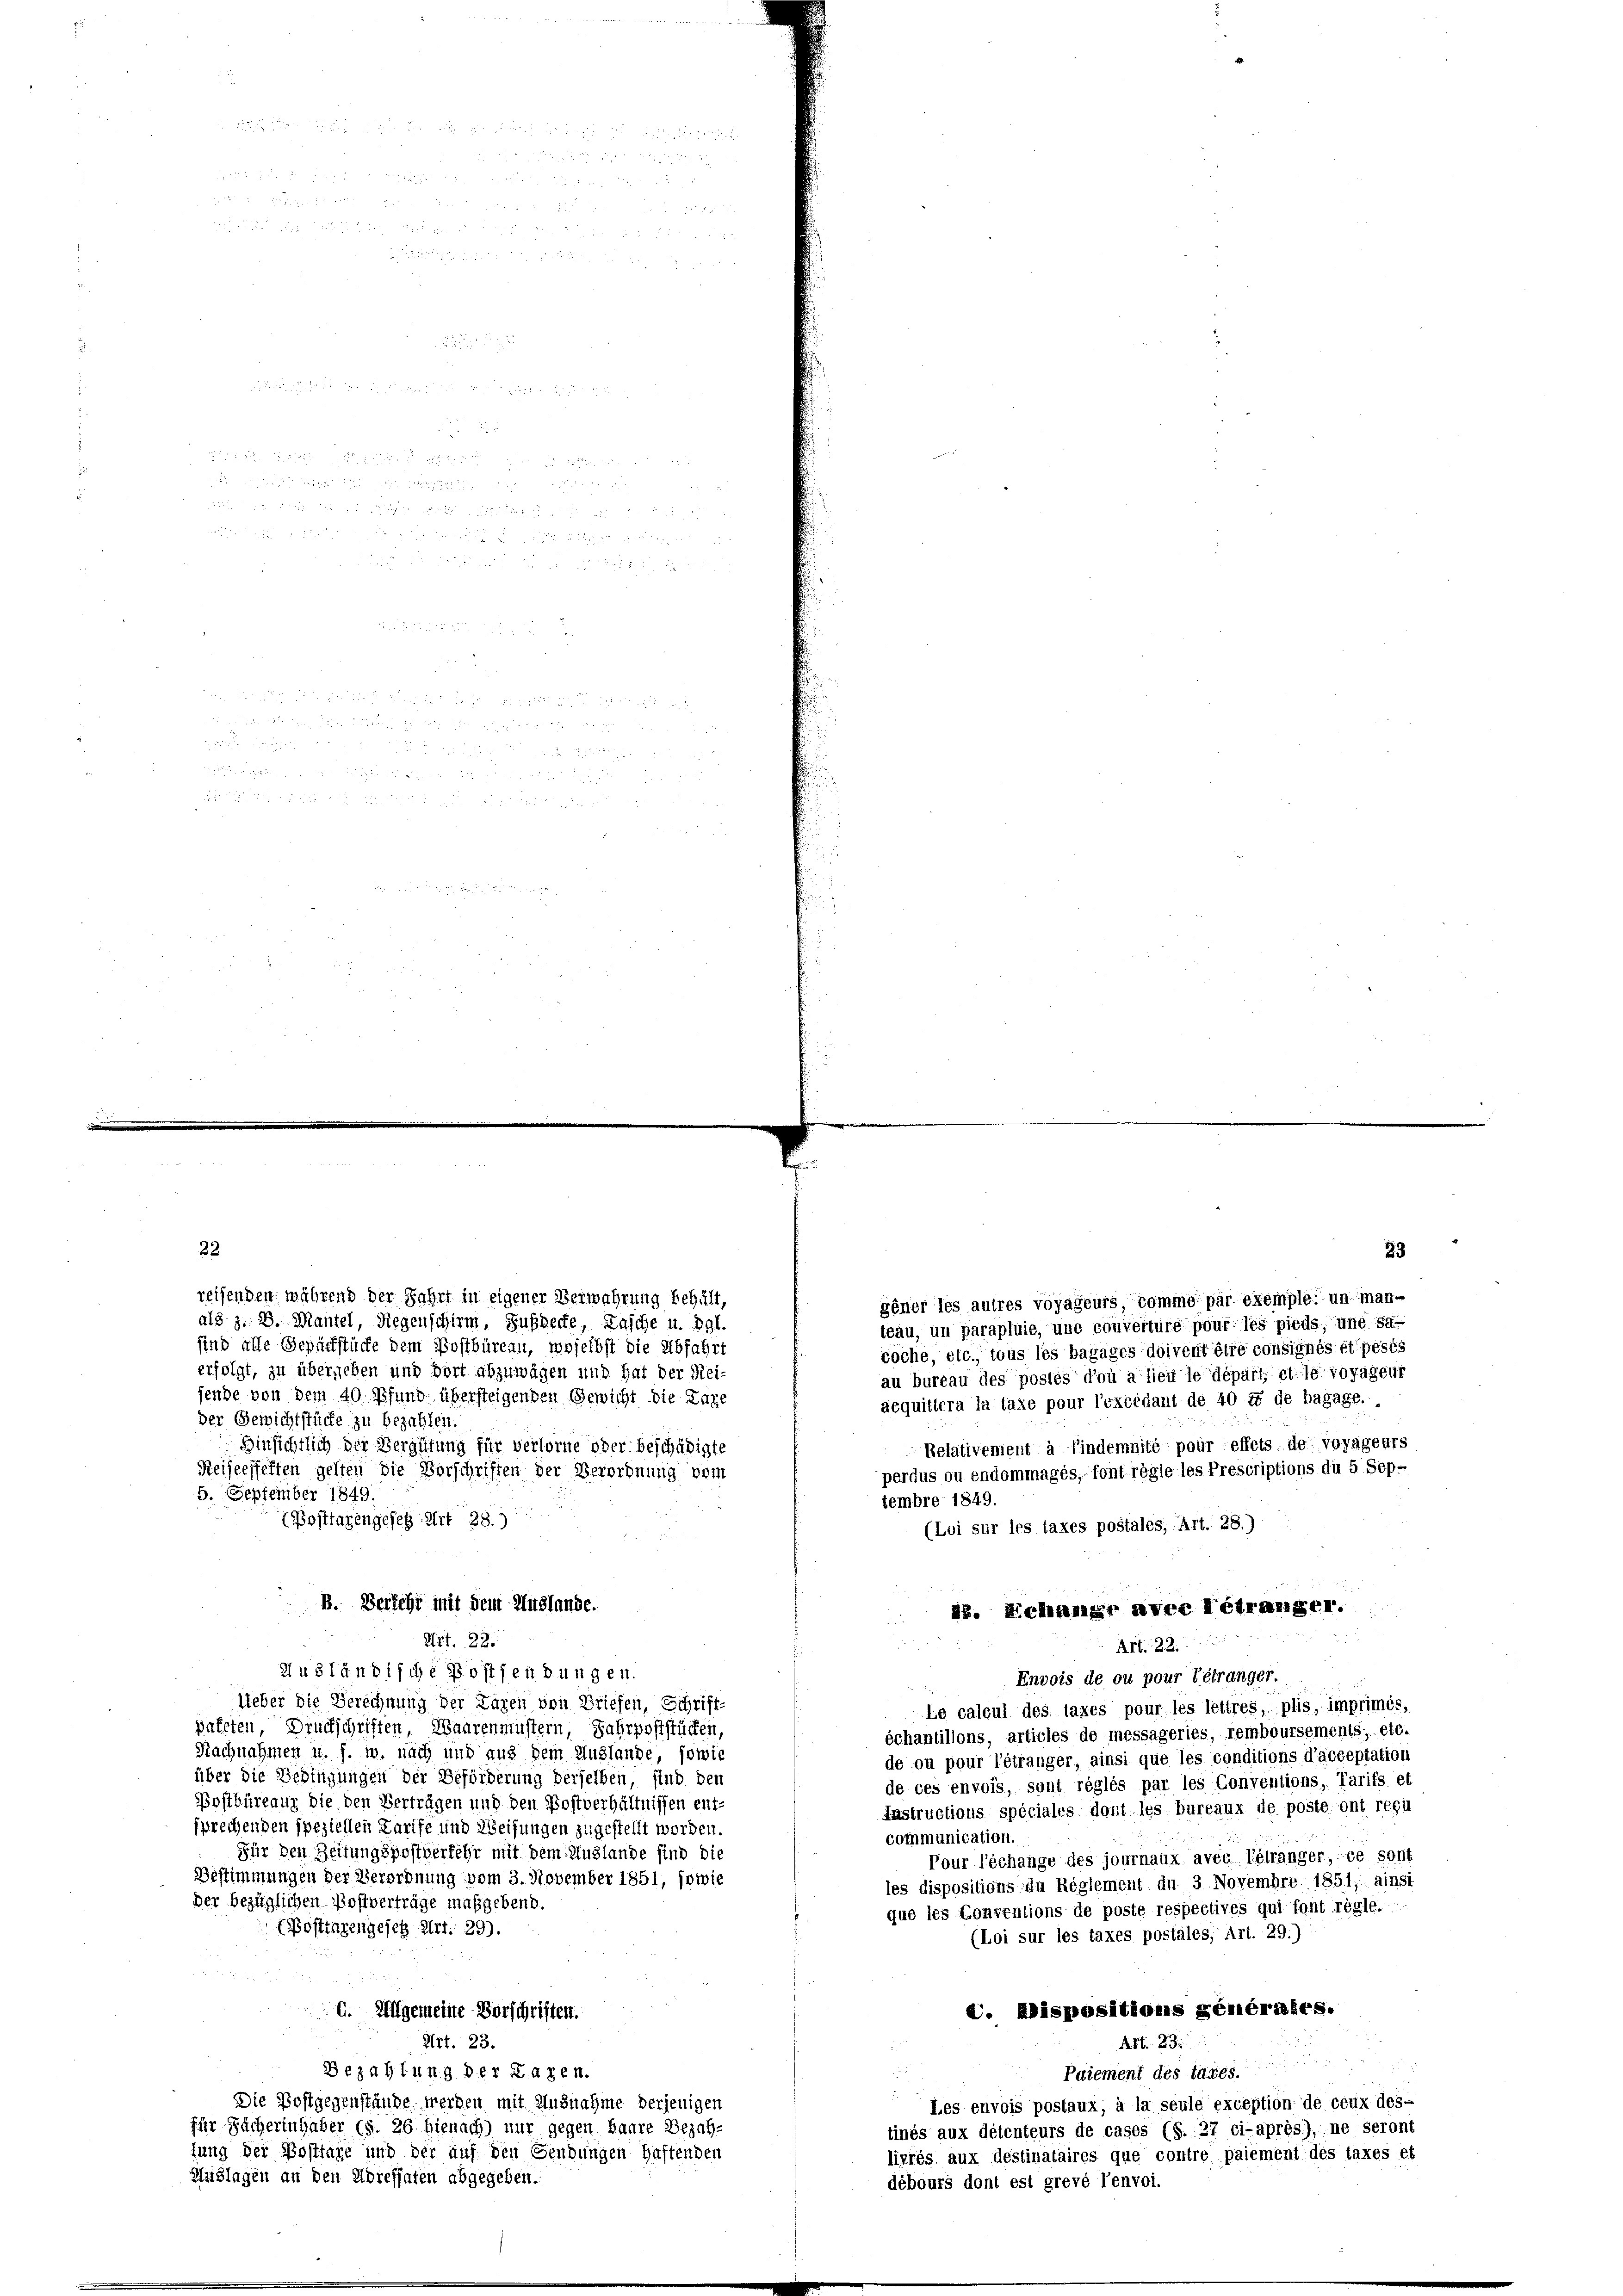
84 28

e

.

22
reisenden während der Fahrt in eigener Verwahrung behält,
als z. B. Mantel, Regenschirm, Subjecte, Tasche u. dgl.
sind alle Gepächstücke dem Postbüreau, woselbst die Abfahrt
erfolgt, zu übergeben und dort abzuwägen und hat der Reijende von dem 40 Pfund übersteigenden Gewicht die Lage
der Gewichtstücke zu bezahlen.
Hinsichtlich der Vergütung für verlorne oder beschädigte
Reiseeffelten gelten die Vorschriften der Verordnung vom
5. September 1849.
tembre 1849.
(Posttagengesetz Art 28.
B. Dersehr mit dem Auslande.
28. Schangs avec l’étrangel.
Art. 22.
Art. 22.
Ausländische Postsendungen.
Envois de ou pour tétranger.
Ueber die Berechnung der Lagen von Briefen, Schrift-
Le calcul des laxes pour les lettres, plis, imprimés,
päteten Druckschriften, Waarenmustern, Jahrpoststücken,
échantillons, articles de messageries, remboursements, etc.
Nachnahmen u. s. w. nach und aus dem Auslande, sowie
de ou pour l’étranger, ainsi que les conditions d’acceptation
über die Bedingungen der Beförderung derselben, sind den
de ces envois, sont réglés par les Conventions, Tarifs et
Postbüreaux die den Verträgen und den Postverhältnissen ent-
Instructions spéciales dont les bureaux de poste ont régu
sprechenden speziellen Tarife und Weisungen zugestellt worden.
communication.
Für den Zeitungspostverkehr mit dem Auslande sind die
Pour l’échange des journaux avec l’étranger, ce sont
Bestimmungen der Verordnung vom 3. November 1851, sowie
les dispositions Au Reglement du 3 Novembre 1851; ainsi
der bezüglichen Postverträge maßgebend.
que les Conventions de poste respectives qui font régle.
EPostenzengesetz Art. 29).
(Loi sur les taxes postales, Art. 29.)
C. Dispositions generates.
G. Allgemeine Vorschriften.
Art. 23.
A. S. 23.
.
Bezahlung der Paren.
Paiement des tages.
Die Postgegenstände werden mit Ausnahme derjenigen
 Les envois postaux, à la seule exception de ceux des-
für Fächerinhaber (s. 26 hienach) nur gegen baare Bezahtinés aux détenteurs de cases (S. 27 ci-après), ne seront
fung der Posttage und der auf den Gendungen Haftenden
livrés aux déstinataires que contre paiement des taxes et
Huslagen an den Adressaten abgegeben.
débours dont est grevé Tenvoi.

gener les autres voyageurs komme par exemple: unmanteau, un parapluie, une couverture pour les pieds, und sa
coche, etc., tous les bagages doivent être consignés et pests
au bureau des postés d’où a lieu le départ, et le voragent
acquittera la taxe pour l’excédant de 40 ff de bagage.
Relativement à findemnité pour effets de voyageurs
perdus ou endommages, font règle les Prescriptions du 5 Sep-
(Loi sur les taxes postales, Art. 28.)

33